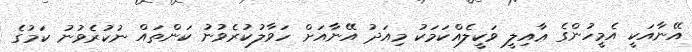
އޭނާއަކީ އެމީހުންގެ ޢާއިލީ ވަކީލެއްކަމަކު މިއަދު އޭނާއަށް ހަވާލުކުރެވުނު ކަންތައް ނުކުރެވުނު ކަމުގެ